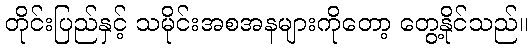
တိုင်းပြည်နှင့် သမိုင်းအစအနများကိုတော့ တွေ့နိုင်သည်။